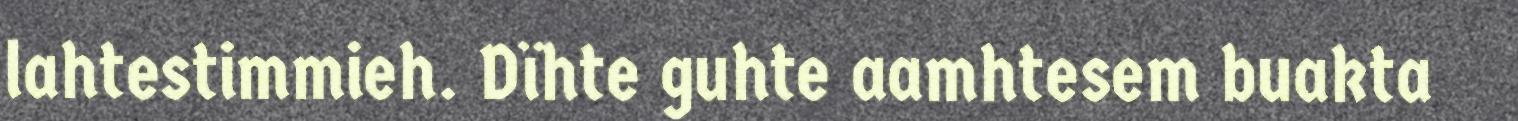
lahtestimmieh. Dïhte guhte aamhtesem buakta